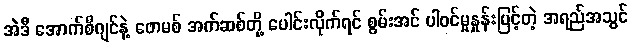
အဲဒီ အောက်စီဂျင်နဲ့ ဖောမစ် အက်ဆစ်တို့ ပေါင်းလိုက်ရင် စွမ်းအင် ပါဝင်မှုနှုန်းမြင့်တဲ့ အရည်အသွင်